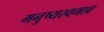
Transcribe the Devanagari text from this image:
मनुष्यस्वभाव